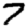
Digit: 7